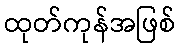
ထုတ်ကုန်အဖြစ်